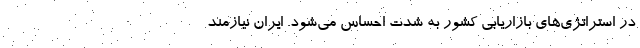
در استراتژی‌های بازاریابی کشور به شدت احساس می‌شود. ایران نیازمند